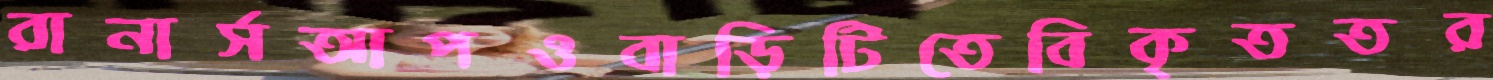
রানার্সআপওবাড়িটিতেবিকৃততর